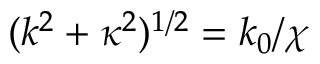
( k ^ { 2 } + \kappa ^ { 2 } ) ^ { 1 / 2 } = k _ { 0 } / \chi